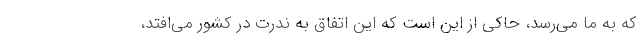
که به ما می‌رسد، حاکی از این است که این اتفاق به ندرت در کشور می‌افتد،